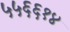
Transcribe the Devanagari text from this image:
५५६६१४